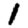
Digit: 1